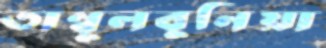
তাম্বুলবুনিয়া